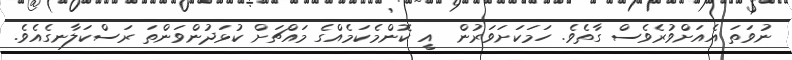
ނުވަތަ އެއަށްވުރެވެސް ގާތެވެ. ހަމަކަށަވަރުން  އީ ކޮންމެކަމެއްގެ މައްޗަށް ކުޅަދުންވަންތަ ރަސްކަލާނގެއެވެ.